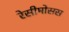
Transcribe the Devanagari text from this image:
रेसीमोसस